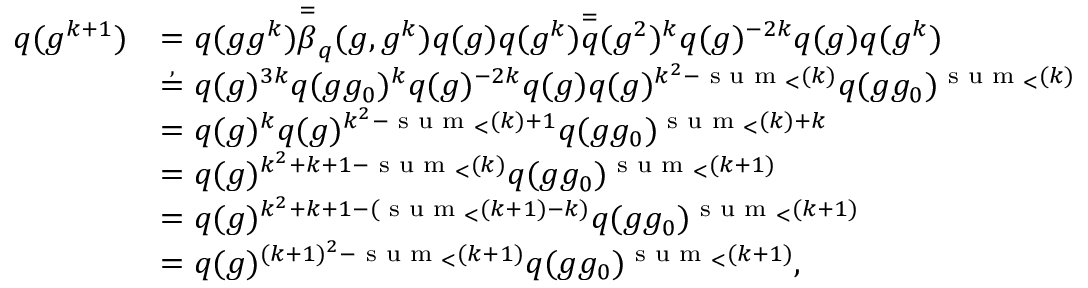
\begin{array} { r l } { q ( g ^ { k + 1 } ) } & { = q ( g g ^ { k } ) \overset { = } \beta _ { q } ( g , g ^ { k } ) q ( g ) q ( g ^ { k } ) \overset { = } q ( g ^ { 2 } ) ^ { k } q ( g ) ^ { - 2 k } q ( g ) q ( g ^ { k } ) } \\ & { \overset { , } { = } q ( g ) ^ { 3 k } q ( g g _ { 0 } ) ^ { k } q ( g ) ^ { - 2 k } q ( g ) q ( g ) ^ { k ^ { 2 } - \textnormal { s u m } _ { < } ( k ) } q ( g g _ { 0 } ) ^ { \textnormal { s u m } _ { < } ( k ) } } \\ & { = q ( g ) ^ { k } q ( g ) ^ { k ^ { 2 } - \textnormal { s u m } _ { < } ( k ) + 1 } q ( g g _ { 0 } ) ^ { \textnormal { s u m } _ { < } ( k ) + k } } \\ & { = q ( g ) ^ { k ^ { 2 } + k + 1 - \textnormal { s u m } _ { < } ( k ) } q ( g g _ { 0 } ) ^ { \textnormal { s u m } _ { < } ( k + 1 ) } } \\ & { = q ( g ) ^ { k ^ { 2 } + k + 1 - ( \textnormal { s u m } _ { < } ( k + 1 ) - k ) } q ( g g _ { 0 } ) ^ { \textnormal { s u m } _ { < } ( k + 1 ) } } \\ & { = q ( g ) ^ { ( k + 1 ) ^ { 2 } - \textnormal { s u m } _ { < } ( k + 1 ) } q ( g g _ { 0 } ) ^ { \textnormal { s u m } _ { < } ( k + 1 ) } , } \end{array}